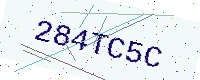
Text: 284TC5C